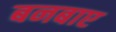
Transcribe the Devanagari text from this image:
बनबाए